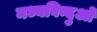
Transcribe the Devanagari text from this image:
मध्यबिन्दुओं